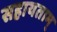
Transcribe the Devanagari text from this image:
सहायताम्